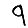
Digit: 9